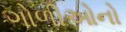
ગોળીઓનો